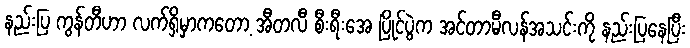
နည်းပြ ကွန်တီဟာ လက်ရှိမှာကတော့ အီတလီ စီးရီးအေ ပြိုင်ပွဲက အင်တာမီလန်အသင်းကို နည်းပြနေပြီး